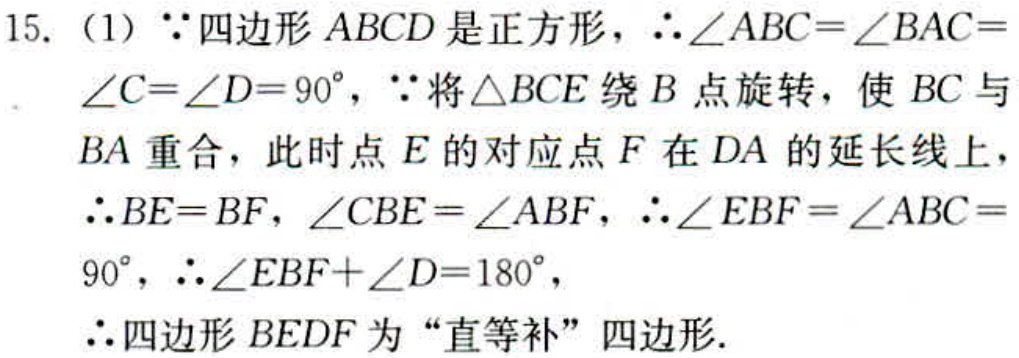
15. (1) $\because$四边形$ABCD$是正方形，$\therefore\angle ABC = \angle BAC=\angle C=\angle D = 90^{\circ}$，$\because$将$\triangle BCE$绕$B$点旋转，使$BC$与$BA$重合，此时点$E$的对应点$F$在$DA$的延长线上，$\therefore BE = BF$，$\angle CBE=\angle ABF$，$\therefore\angle EBF=\angle ABC = 90^{\circ}$，$\therefore\angle EBF+\angle D = 180^{\circ}$，$\therefore$四边形$BEDF$为“直等补”四边形.